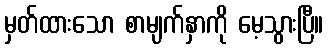
မှတ်ထားသော စာမျက်နှာကို မေ့သွားပြီ။